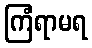
ကြံရာမရ